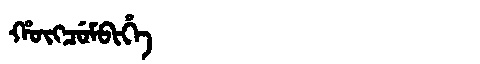
Manchu: ᡥᡡᡴᠴᡠᠮᠪᡳᡥᡝ
Romanization: HŪKCUMBIHE